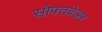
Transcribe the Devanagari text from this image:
सोफ्तवेअर